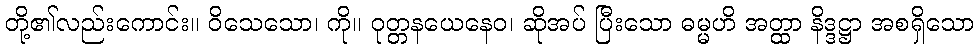
တို့၏လည်းကောင်း။ ဝိသေသော၊ ကို။ ဝုတ္တနယေနေဝ၊ ဆိုအပ် ပြီးသော ဓမ္မဟိ အတ္ထာ နိဒ္ဒဋ္ဌာ အစရှိသော